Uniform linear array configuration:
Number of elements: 4
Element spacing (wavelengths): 0.75
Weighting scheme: cosine
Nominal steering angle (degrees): -45
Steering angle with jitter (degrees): -45.386
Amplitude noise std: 0.05
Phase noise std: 0.05

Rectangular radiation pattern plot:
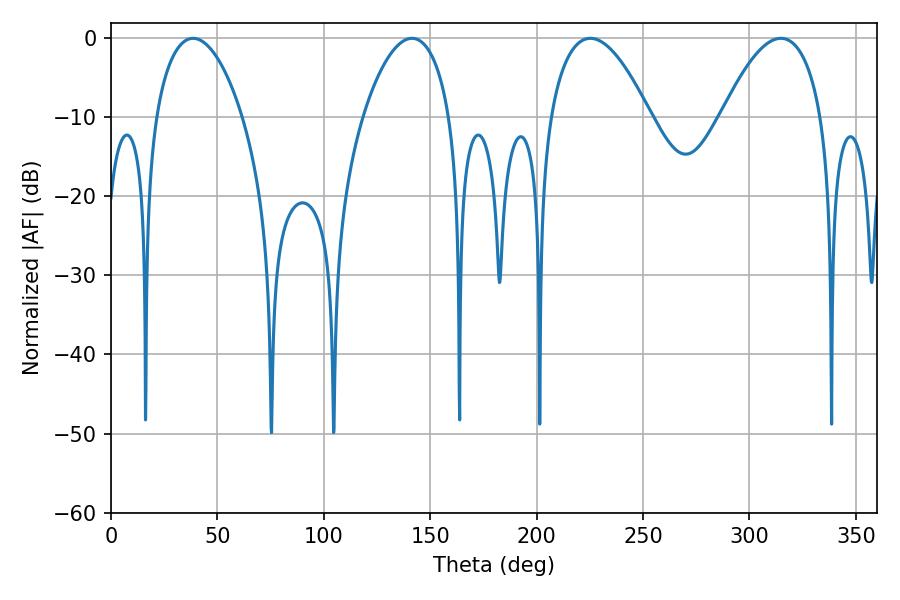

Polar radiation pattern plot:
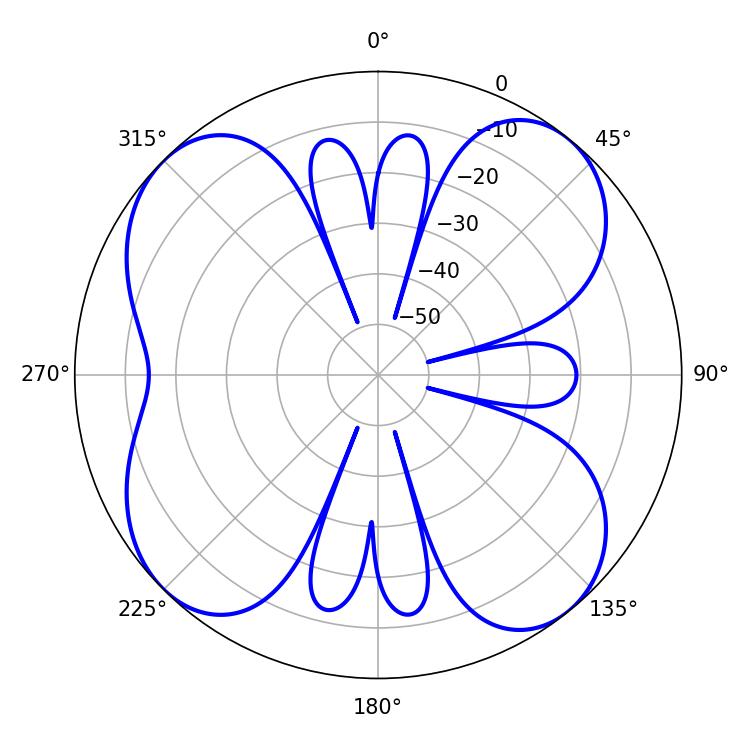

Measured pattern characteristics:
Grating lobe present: TRUE
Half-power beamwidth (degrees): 22.86
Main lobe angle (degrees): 38.52